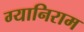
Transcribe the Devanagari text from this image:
ग्यानिराम